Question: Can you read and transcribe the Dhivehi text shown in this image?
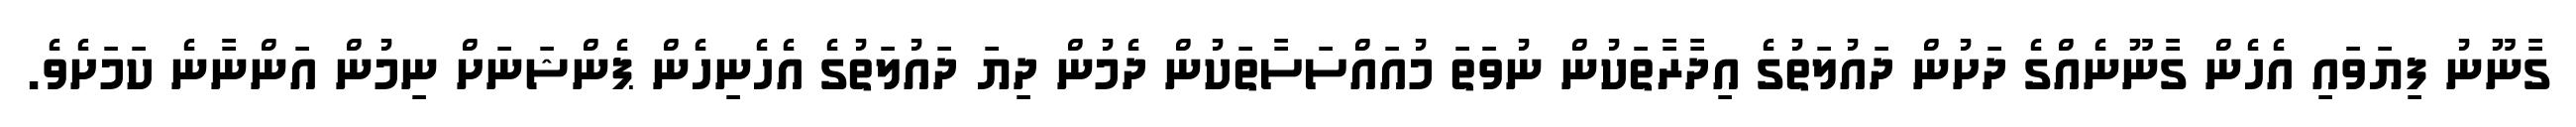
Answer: ގާނޫނު ފިޔަވައި އެހެން ގާނޫނެއްގެ ދަށުން ދައުލަތުގެ އިދާރާތަކުން ނުވަތަ މުއައްސަސާތަކުން ދެމުން ދިޔަ ދައުލަތުގެ އެހެނިހެން ޕެންޝަނަށް ނިމުން އަންނާނެ ކަމަށެވެ.